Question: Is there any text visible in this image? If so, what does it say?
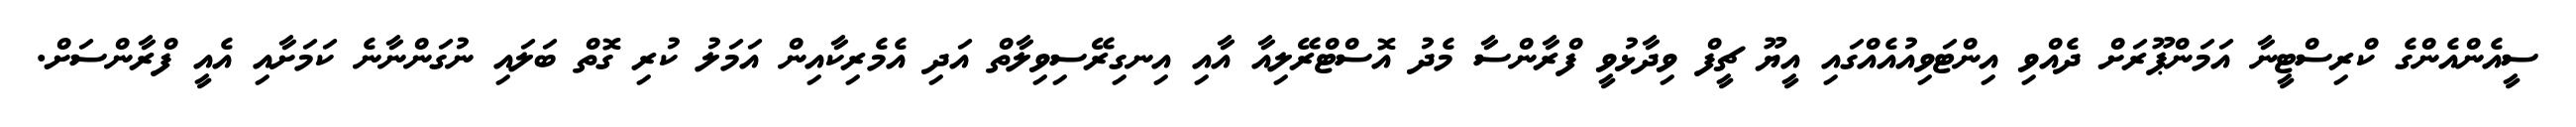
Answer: ސީއެންއެންގެ ކްރިސްޓީނާ އަމަންޕޫރަށް ދެއްވި އިންޓަވިއުއެއްގައި އީޔޫ ޗީފް ވިދާޅުވީ ފްރާންސާ މެދު އޮސްޓްރޭލިއާ އާއި އިނގިރޭސިވިލާތް އަދި އެމެރިކާއިން އަމަލު ކުރި ގޮތް ބަލައި ނުގަންނާނެ ކަމަށާއި އެއީ ފްރާންސަށް.